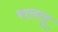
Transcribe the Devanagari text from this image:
वालत्तू